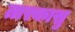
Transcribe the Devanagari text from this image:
तारकास्रु